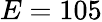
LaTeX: E=105